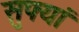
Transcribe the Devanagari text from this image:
सुफ्यां